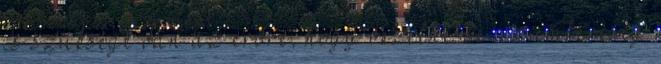
is szüksége van az erőre, hogy vezethesse az emberiség